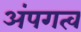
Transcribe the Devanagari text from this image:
अंपगत्व